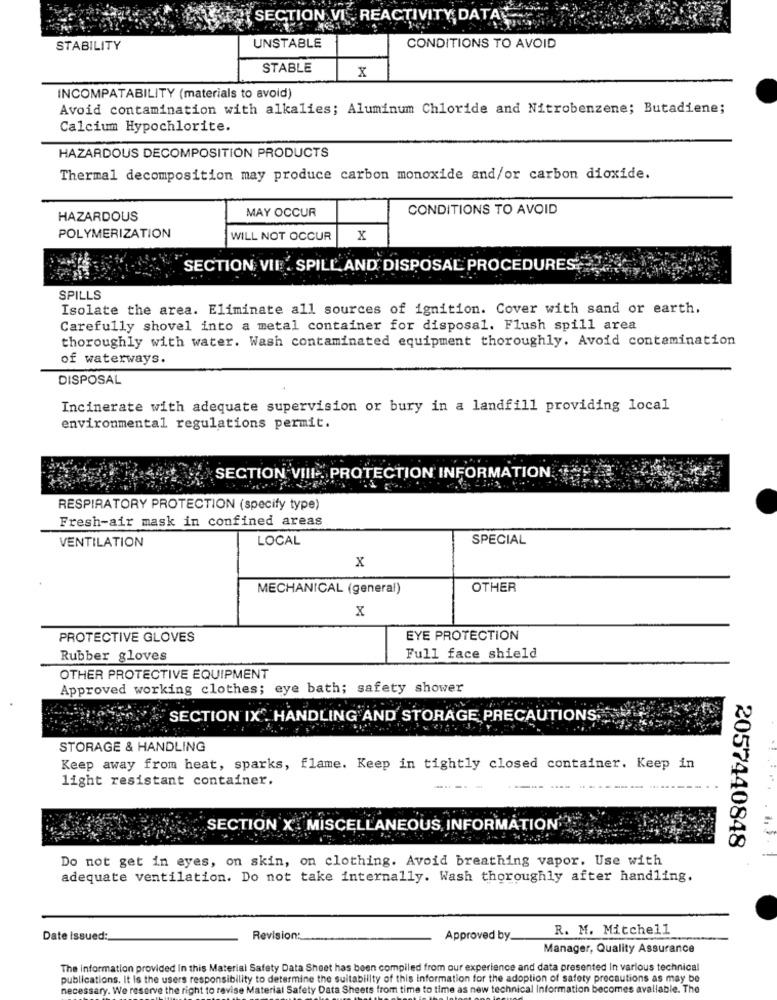
SECTION VI _ REACTIVITY, DATA
STABILITY
UNSTABLE
CONDITIONS TO AVOID
STABLE
x
INCOMPATABILITY (materials to avoid)
Avoid contamination with alkalies; Aluminum Chloride and Nitrobenzene; Butadiene;
Calcium Hypochlorite.
HAZARDOUS DECOMPOSITION PRODUCTS
Thermal decomposition may produce carbon monoxide and/or carbon dioxide.
MAY OCCUR
CONDITIONS TO AVOID
HAZARDOUS
POLYMERIZATION
WILL NOT OCCUR
X
SECTION VIE . SPILL, AND DISPOSAL PROCEDURES?
SPILLS
Isolate the area. Eliminate all sources of ignition. Cover with sand or earth.
Carefully shovel into a metal container for disposal. Flush spill area
thoroughly with water. Wash contaminated equipment thoroughly. Avoid contamination
of waterways.
DISPOSAL
Incinerate with adequate supervision or bury in a landfill providing local
environmental regulations permit.
SECTION VIII -. PROTECTION INFORMATION.
RESPIRATORY PROTECTION (specify type)
Fresh-air mask in confined areas
LOCAL
SPECIAL
VENTILATION
x
MECHANICAL (general)
OTHER
X
PROTECTIVE GLOVES
EYE PROTECTION
Rubber gloves
Full face shield
OTHER PROTECTIVE EQUIPMENT
Approved working clothes; eye bath; safety shower
"SECTION IX . HANDLING AND STORAGE PRECAUTIONS.
STORAGE & HANDLING
Keep away from heat, sparks, flame. Keep in tightly closed container. Keep in
light resistant container.
-..
SECTION X . MISCELLANEOUS, INFORMATION'
2057440848
Do not get in eyes, on skin, on clothing. Avoid breathing vapor. Use with
adequate ventilation. Do not take internally. Wash thoroughly after handling.
R. M. Mitchell
Date Issued:
Revision:
Approved by.
Manager, Quality Assurance
The information provided In this Material Safety Data Sheet has been compiled from our experience and data presented In various technical
publications. It Is the users responsibility to determine the suitability of this information for the adoption of safety precautions as may be
necessary. We reserve the right to revise Material Safety Data Sheets from time to time as new technical Information becomes available. The